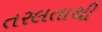
તરલતાથી